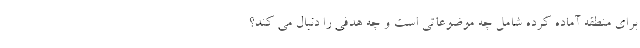
برای منطقه آماده کرده شامل چه موضوعاتی است و چه هدفی را دنبال می کند؟